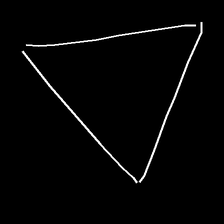
Glyph: convergence